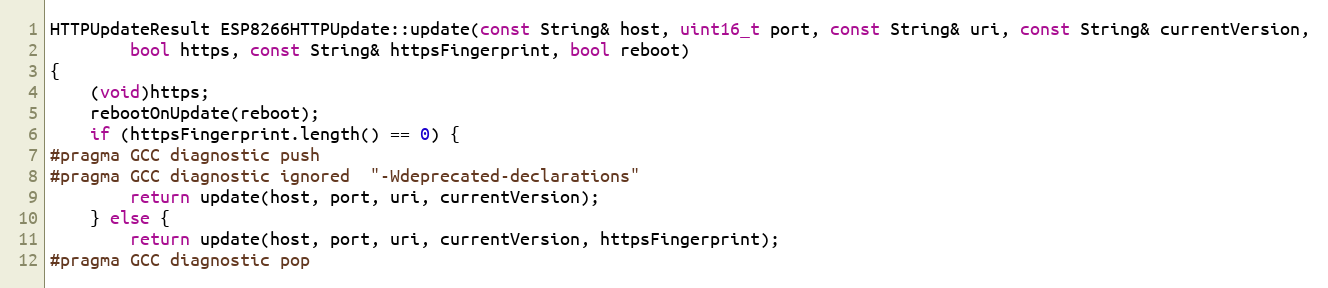
Language: C++
HTTPUpdateResult ESP8266HTTPUpdate::update(const String& host, uint16_t port, const String& uri, const String& currentVersion,
        bool https, const String& httpsFingerprint, bool reboot)
{
    (void)https;
    rebootOnUpdate(reboot);
    if (httpsFingerprint.length() == 0) {
#pragma GCC diagnostic push
#pragma GCC diagnostic ignored  "-Wdeprecated-declarations"
        return update(host, port, uri, currentVersion);
    } else {
        return update(host, port, uri, currentVersion, httpsFingerprint);
#pragma GCC diagnostic pop